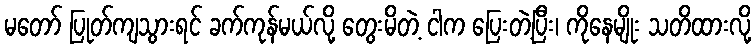
မတော် ပြုတ်ကျသွားရင် ခက်ကုန်မယ်လို့ တွေးမိတဲ့ ငါက ပြေးတဲ့ပြီး၊ ကိုနေမျိုး သတိထားလို့